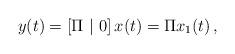
LaTeX: \begin{align*}y(t)=\left[\Pi~|~0 \right] x(t)=\Pi x_1(t)\,,\end{align*}